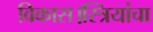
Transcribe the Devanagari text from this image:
विकास।स्त्रियांचा